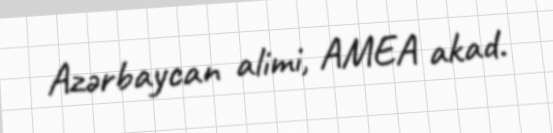
Azərbaycan alimi, AMEA akad.